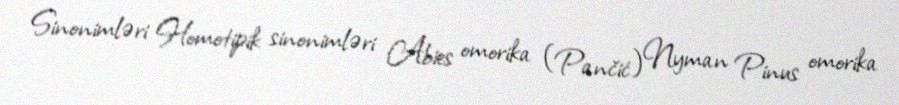
Sinonimləri Homotipik sinonimləri Abies omorika (Pančić) Nyman Pinus omorika